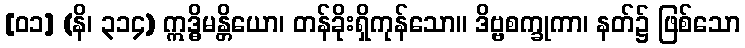
[၀၁] (နိ၊ ၃၁၄) ဣဒ္ဓိမန္တိယော၊ တန်ခိုးရှိကုန်သော။ ဒိဗ္ဗစက္ခုကာ၊ နတ်၌ ဖြစ်သော